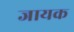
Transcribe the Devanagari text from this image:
जायक